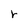
Character: r